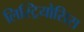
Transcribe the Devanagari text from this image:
लिस्ट्रियोसिस